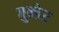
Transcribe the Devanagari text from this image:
गुन्ठेर